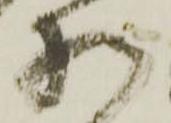
様